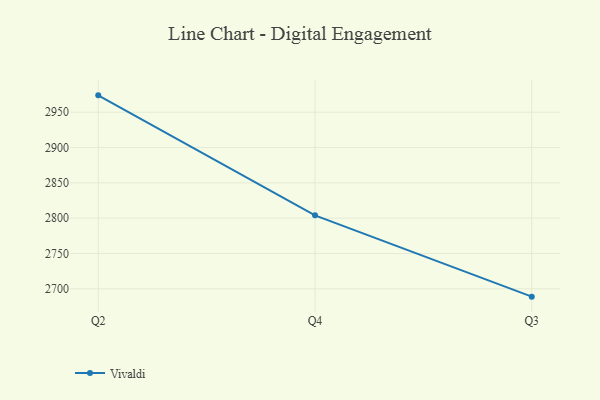
{"axis": {"x": "Quarter", "y": "Temperature (°C)"}, "legend": ["Vivaldi"], "data": [{"x": "Q2", "y": 2973.9, "type": "Vivaldi"}, {"x": "Q4", "y": 2804.0, "type": "Vivaldi"}, {"x": "Q3", "y": 2688.9, "type": "Vivaldi"}]}